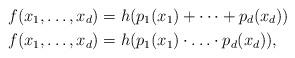
LaTeX: \begin{align*}f(x_1,\ldots, x_d)&=h(p_1(x_1)+\cdots+p_d(x_d))~~\\f(x_1,\ldots, x_d)&=h(p_1(x_1)\cdot\ldots\cdot p_d(x_d)),\end{align*}